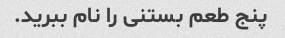
پنج طعم بستنی را نام ببرید.